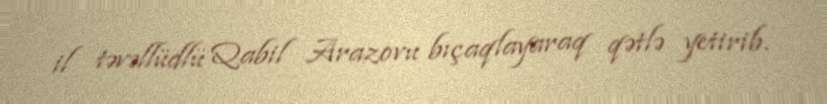
il təvəllüdlü Qabil Arazovu bıçaqlayaraq qətlə yetirib.